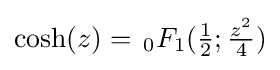
\cosh(z)=\,_{0}F_{1}({\tfrac {1}{2}};{\tfrac {z^{2}}{4}})